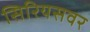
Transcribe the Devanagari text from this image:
सिरियसवर